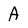
Character: A